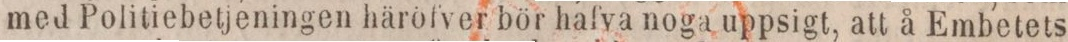
med Politiebetjeningen häröfver bör hafva noga uppsigt, att å Embetets